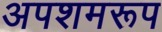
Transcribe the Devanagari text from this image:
अपशमरूप